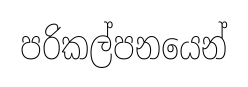
පරිකල්පනයෙන්